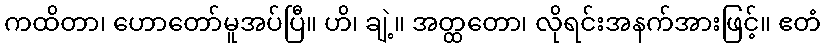
ကထိတာ၊ ဟောတော်မူအပ်ပြီ။ ဟိ၊ ချဲ့။ အတ္ထတော၊ လိုရင်းအနက်အားဖြင့်။ ဧတံ